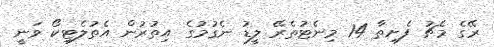
ރޭގެ މެޗު ފެށިތާ 14 މިނެޓުތެރޭ ލީޑު ނެގުމުގެ އިތުރުން އެތުލެޓިކޯ ވަނީ